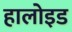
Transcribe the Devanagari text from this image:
हालोइड